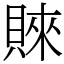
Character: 𧶛